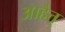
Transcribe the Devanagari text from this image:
आहैत्